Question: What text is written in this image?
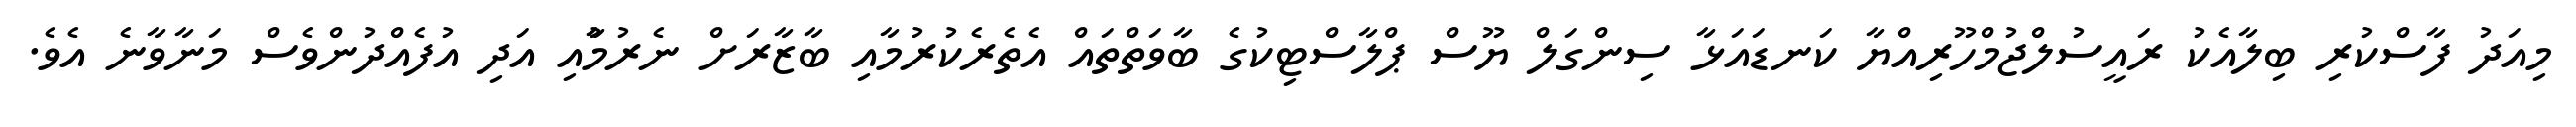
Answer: މިއަދު ފާސްކުރި ބިލާއެކު ރައީސުލްޖުމްހޫރިއްޔާ ކަނޑައަޅާ ސިންގަލް ޔޫސް ޕްލާސްޓިކުގެ ބާވަތްތައް އެތެރެކުރުމާއި ބާޒާރަށް ނެރުމުާއި އަދި އުފެއްދުންވެސް މަނާވާނެ އެވެ.